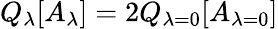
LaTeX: Q_{\lambda}[A_{\lambda}]=2Q_{\lambda=0}[A_{\lambda=0}]